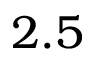
2 . 5